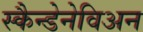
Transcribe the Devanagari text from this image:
स्कैन्डेनेविअन